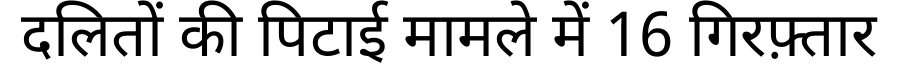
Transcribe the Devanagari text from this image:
दलितों की पिटाई मामले में 16 गिरफ़्तार